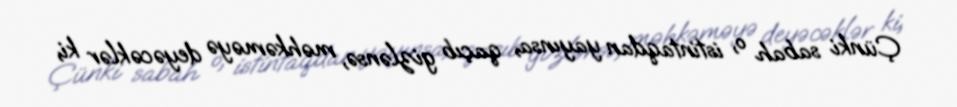
Çünki sabah o, istintaqdan yayınsa, qaçıb gizlənsə, məhkəməyə deyəcəklər ki,